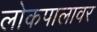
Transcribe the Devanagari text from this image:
लोकपालावर